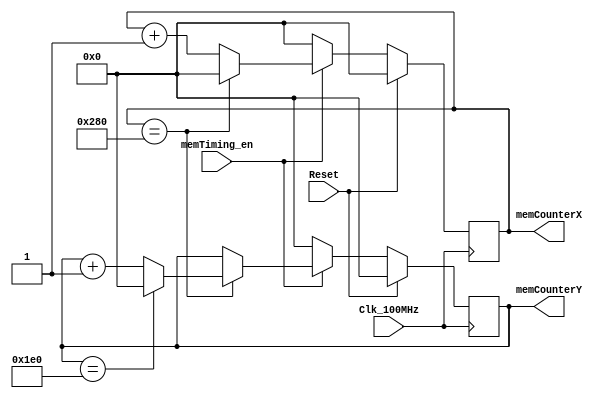
`timescale 1ns / 1ps
//////////////////////////////////////////////////////////////////////////////////
// Company: 
// Engineer: 
// 
// Design Name: 
// Module Name: Mem_Timing
// Project Name: 
// Target Devices: 
// Tool Versions: 
// Description: 
// 
// Dependencies: 
// 
// Revision:
// Revision 0.01 - File Created
// Additional Comments:
// 
//////////////////////////////////////////////////////////////////////////////////


module Mem_Timing(
    input            Clk_100MHz,    
    input            Reset,         // sync active high reset
    input            memTiming_en,  // module enable
    
    output reg [9:0] memCounterX,
    output reg [9:0] memCounterY
    );
    
    initial begin
        memCounterX <= 0;
        memCounterY <= 0;
    end
    
    // memCounterX Process
    // counts to 40 
    always@(posedge Clk_100MHz) begin
        if(Reset == 1'b1) begin
            memCounterX <= 0;
        end
        else begin
            if(memTiming_en == 1'b1) begin
                memCounterX <= (memCounterX == 640) ? 0:(memCounterX + 1);
            end
            else begin
                memCounterX <= 0;
            end
        end
    end
    
    // memCounterY Process 
    // counts each time memCounterX maxes out, maxes out at 479
    always@(posedge Clk_100MHz) begin
        if(Reset == 1'b1) begin
            memCounterY <= 0;
        end
        else begin
            if(memTiming_en == 1'b1) begin
                if(memCounterX == 640) begin
                    memCounterY <= (memCounterY == 480) ? 0:(memCounterY + 1);
                end
                else begin
                    memCounterY <= memCounterY;
                end
            end
            else begin
                memCounterY <= 0;
            end
        end
    end
   
endmodule